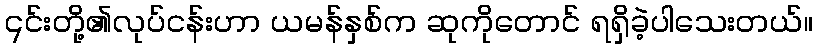
၎င်းတို့၏လုပ်ငန်းဟာ ယမန်နှစ်က ဆုကိုတောင် ရရှိခဲ့ပါသေးတယ်။